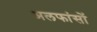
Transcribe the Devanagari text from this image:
अलफांसों